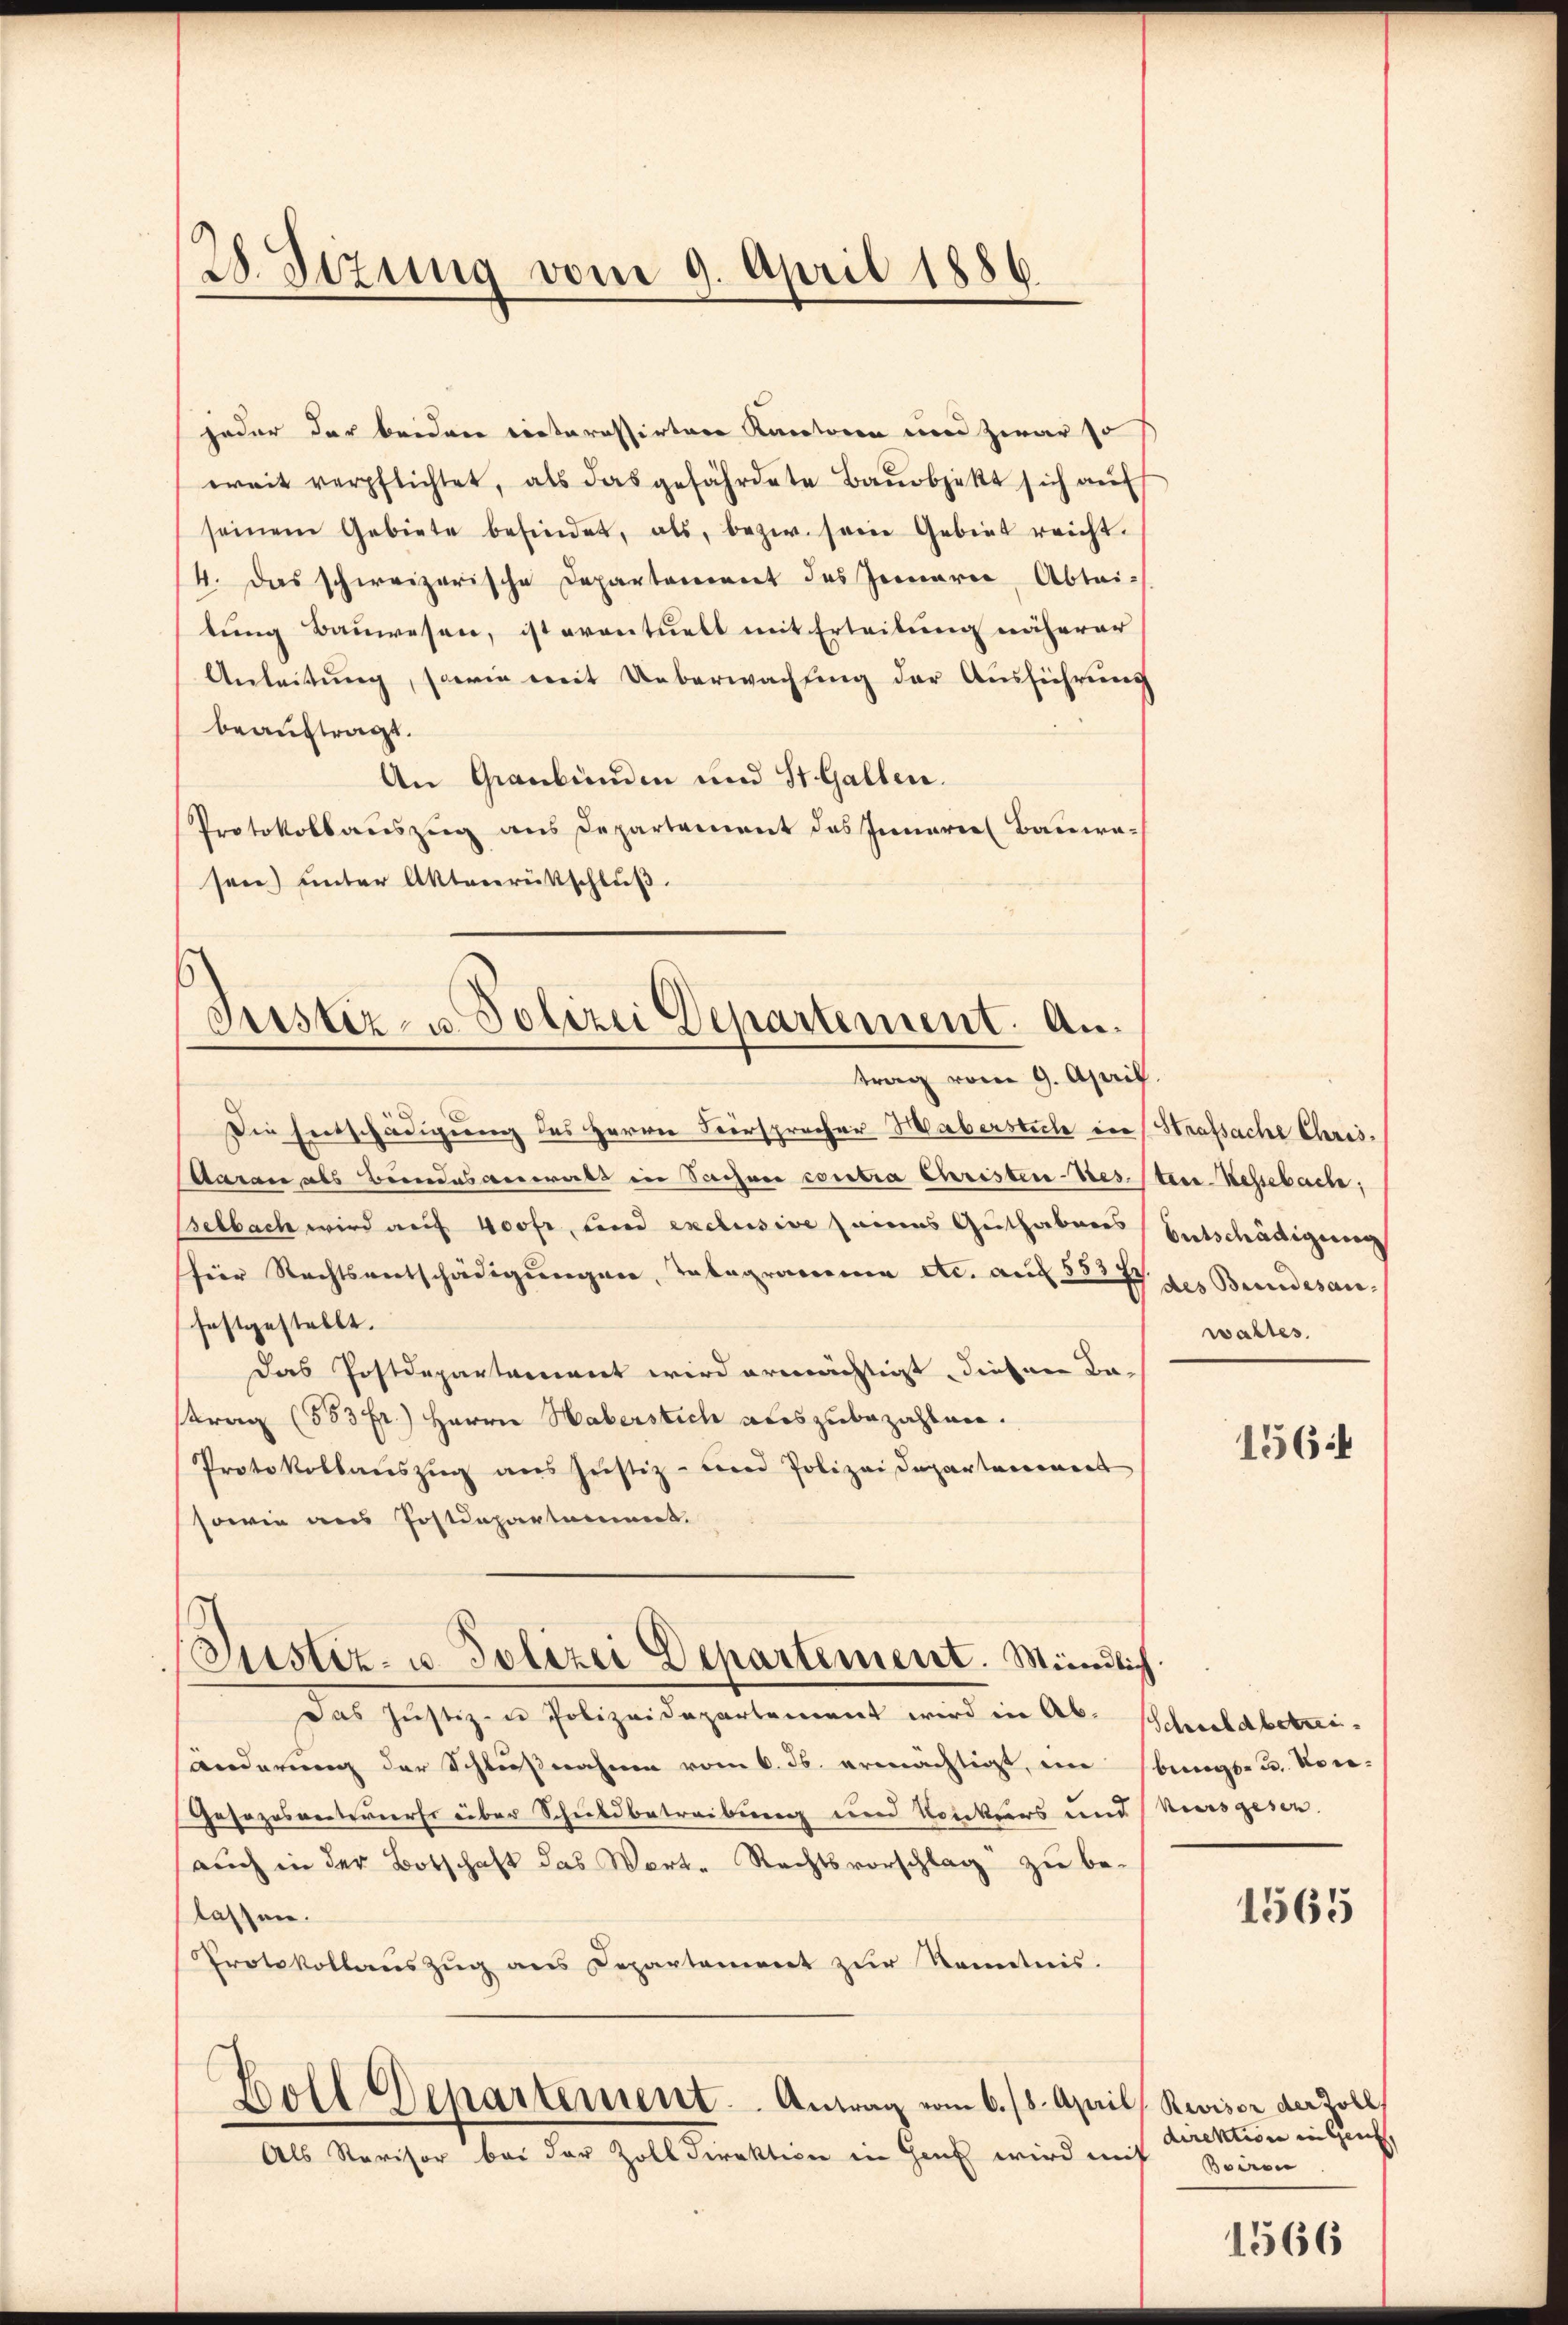
28. Sizung vom 9. April 1886.

jeder der beiden veteressirter Kantoren von zwar so
weit verpflichtet, als das gefährdete Baŭobjekt sich aŭf
seinem Gebiete befindet, als bezw. sein Gebiet reicht.
4. Das schweizerische Departoniert des Jennerer Abtei-
tung Bauwesen, ist eventuelt mit Erteilung näherer
Anleitung, sowie mit Ueberwachung der Ausführung
beauftragt.
An Graubünden und St. Gallen.
Protokollauszug aus Departement des Innern Bauwe-
sen) unter Aktenrütschluß.

s
Justiz- u. Polizei Departement. Antrag vom 9. April.

Die Entschädigung des Herrn Fürsprecher Haberstiche in Strafsache Chris¬
Aaran als Beendesanorats in Sachner contra Christen-Ges. (ten-Kessebache,
elbach wird auf 400fr, und exclusive seines Guthabenes
für Rechtsentschädigŭngen, Tabegrammen etc. aus 33277 des Bundesanfestgestellt.
Das Postdepartament wird ermächtigt, diesen Baftrag (533 fr.) Herrn Haberstich auszubezahlen.
Protokollaŭszŭg ans Justiz- und Polizeidepartement
sowie aus Postdepartament.
Justiz- u. Polizei Departement. Mündlich.
Das Justiz- u Polizeidepartement wird in Ab- Schuldbetreiänderung der Schlußnahme vom 6. ds. ermächtigt, ein bungs- u. Vor-
Gesozosanterierte über Schuldbetreibung und Konkurs und Kursgesen.
auch in der Botschaft das Werte Rechtsvorschlag zu be-
lassen.
Protokollans Zŭg ans Departement zŭr Kenntnis.
.
Boll Departement. Antrag vom 6./8. April, Reviser der Zoll,
Als Revisor bei der Zoll Direktion in Genf wird mit

Entschädigung
waltes.

1564

1565

direktion in Genf,
Boden

1566